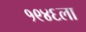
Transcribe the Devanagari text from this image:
१९४६ला